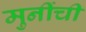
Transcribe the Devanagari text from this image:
मुनींची